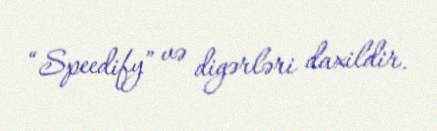
“Speedify” və digərləri daxildir.